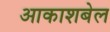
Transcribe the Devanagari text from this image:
आकाशबेल